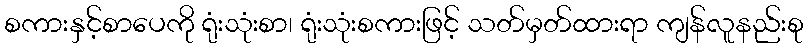
စကားနှင့်စာပေကို ရုံးသုံးစာ၊ ရုံးသုံးစကားဖြင့် သတ်မှတ်ထားရာ ကျန်လူနည်းစု